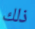
ذلك